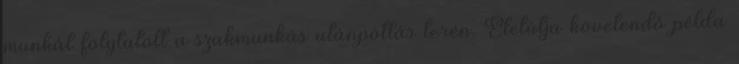
munkát folytatott a szakmunkás utánpótlás terén. Életútja követendô példa